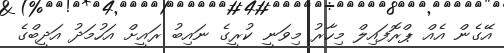
އޭގެން އެއް ޕްރޮފައިލް މިހާރު މިވަނީ ކުރީގެ ނައިބު ރައީށް އަހުމަދު އަދީބްގެ